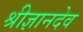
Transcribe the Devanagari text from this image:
श्रीज्ञानदेव